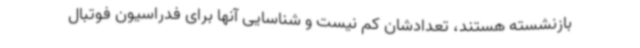
بازنشسته هستند، تعدادشان کم نیست و شناسایی آنها برای فدراسیون فوتبال